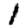
Digit: 1